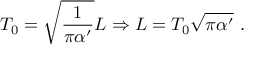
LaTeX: T _ { 0 } = \sqrt { \frac { 1 } { \pi \alpha ^ { \prime } } } L \Rightarrow L = T _ { 0 } \sqrt { \pi \alpha ^ { \prime } } \ .